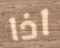
اذا